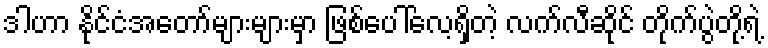
ဒါဟာ နိုင်ငံအတော်များများမှာ ဖြစ်ပေါ်လေ့ရှိတဲ့ လက်လီဆိုင် တိုက်ပွဲတို့ရဲ့